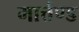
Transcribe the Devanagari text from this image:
मार्त्तण्ड